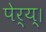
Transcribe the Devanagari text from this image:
पेर्‍य्।